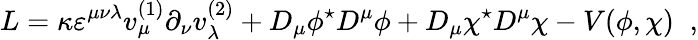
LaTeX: L=\kappa\varepsilon^{\mu\nu\lambda}v_{\mu}^{(1)}\partial_{\nu}v_{\lambda}^{(2)}+D_{\mu}\phi^{\star}D^{\mu}\phi+D_{\mu}\chi^{\star}D^{\mu}\chi-V(\phi,\chi)\; \; ,